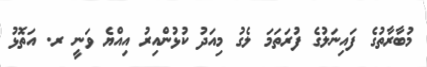
މުބާރާތުގެ ފައިނަލުގެ ފުރަތަމަ ލެގު މިއަދު ކުޅުންއިރު އިއްޔެ ވަނީ ރ. އަތޮޅު